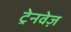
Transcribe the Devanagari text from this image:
ट्रेनवेज़